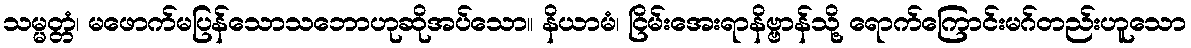
သမ္မတ္တံ၊ မဖောက်မပြန်သောသဘောဟုဆိုအပ်သော။ နိယာမံ၊ ငြိမ်းအေးရာနိဗ္ဗာန်သို့ ရောက်ကြောင်းမဂ်တည်းဟူသော